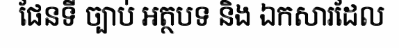
ផែនទី ច្បាប់ អត្ថបទ និង ឯកសារដែល